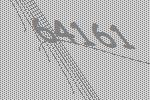
64161